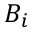
B _ { i }